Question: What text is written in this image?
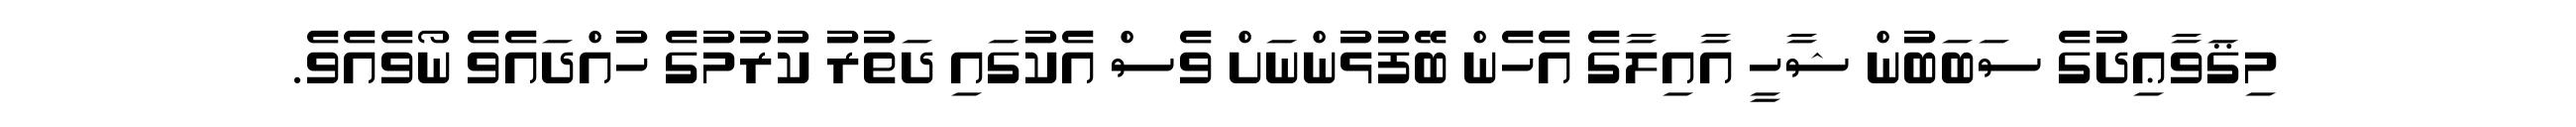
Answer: މިޤަވާޢިދުގެ ސަބަބުން ޝާހީ އާއިލާގެ އެހެން ބޭފުޅުންނަށް ވެސް އެކުގައި ދަތުރު ކުރުމުގެ ހުއްދައެވެ ނޯވެއެވެ.